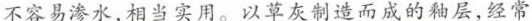
不容易渗水,相当实用。以草灰制造而成的釉层，经常